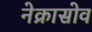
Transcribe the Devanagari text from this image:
नेक्रासोव